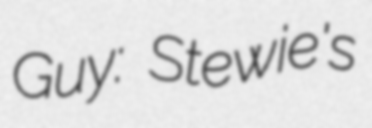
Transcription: Guy: Stewie's